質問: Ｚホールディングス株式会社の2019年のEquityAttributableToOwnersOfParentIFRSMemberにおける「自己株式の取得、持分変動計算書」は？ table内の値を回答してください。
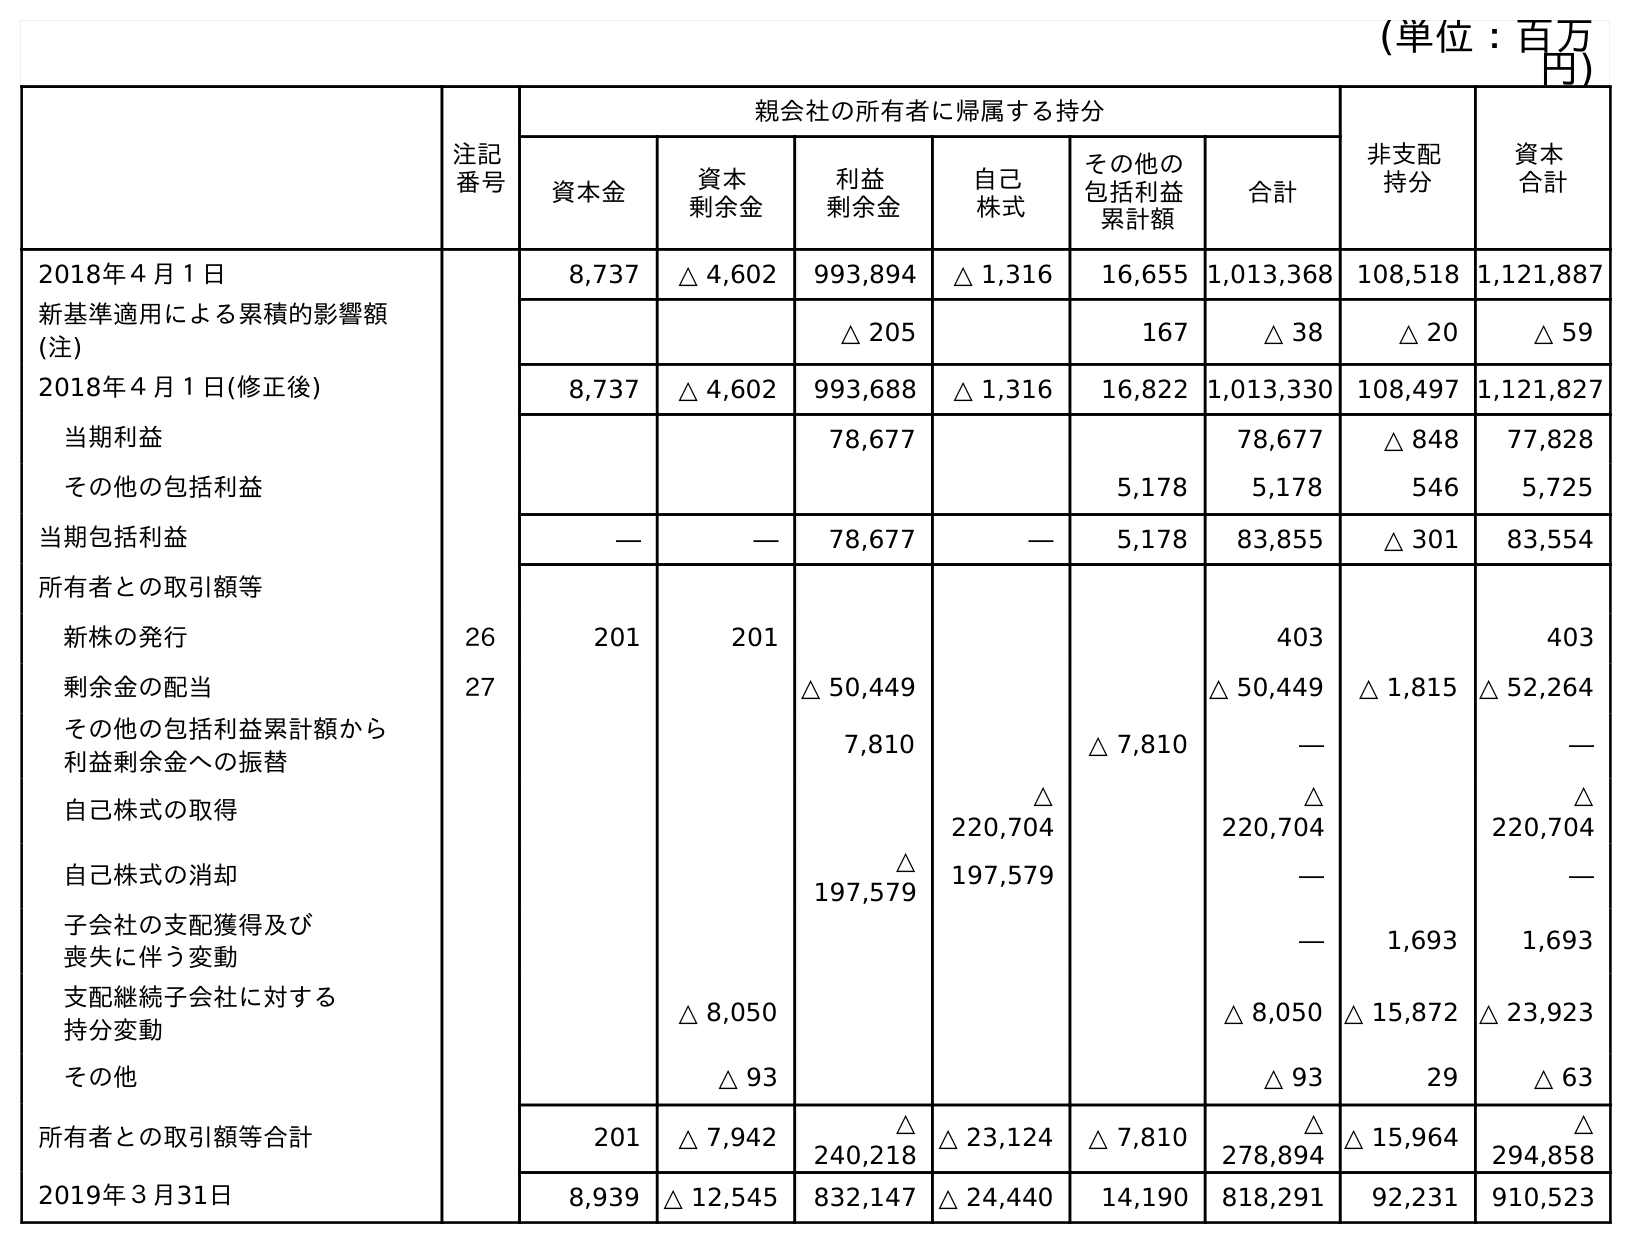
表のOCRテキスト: (単位：百万 円) 注記 番号 親会社の所有者に帰属する持分 非支配 持分 資本 合計 資本金 資本 剰余金 利益 剰余金 自己 株式 その他の 包括利益 累計額 合計 2018年４月１日 8,737 △ 4,602 993,894 △ 1,316 16,655 1,013,368 108,518 1,121,887 新基準適用による累積的影響額 (注) △ 205 167 △ 38 △ 20 △ 59 2018年４月１日(修正後) 8,737 △ 4,602 993,688 △ 1,316 16,822 1,013,330 108,497 1,121,827 当期利益 78,677 78,677 △ 848 77,828 その他の包括利益 5,178 5,178 546 5,725 当期包括利益 ― ― 78,677 ― 5,178 83,855 △ 301 83,554 所有者との取引額等 新株の発行 26 201 201 403 403 剰余金の配当 27 △ 50,449 △ 50,449 △ 1,815 △ 52,264 その他の包括利益累計額から 利益剰余金への振替 7,810 △ 7,810 ― ― 自己株式の取得 △ 220,704 △ 220,704 △ 220,704 自己株式の消却 △ 197,579 197,579 ― ― 子会社の支配獲得及び 喪失に伴う変動 ― 1,693 1,693 支配継続子会社に対する 持分変動 △ 8,050 △ 8,050 △ 15,872 △ 23,923 その他 △ 93 △ 93 29 △ 63 所有者との取引額等合計 201 △ 7,942 △ 240,218 △ 23,124 △ 7,810 △ 278,894 △ 15,964 △ 294,858 2019年３月31日 8,939 △ 12,545 832,147 △ 24,440 14,190 818,291 92,231 910,523
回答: △220,704